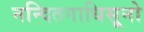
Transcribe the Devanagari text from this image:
नन्दितगाधिसूनो